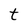
Character: t